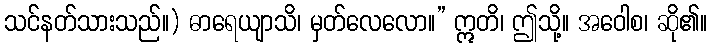
သင်နတ်သားသည်။) ဓာရေယျာသိ၊ မှတ်လေလော။” ဣတိ၊ ဤသို့။ အဝေါစ၊ ဆို၏။